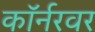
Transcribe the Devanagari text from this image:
काॅर्नरवर